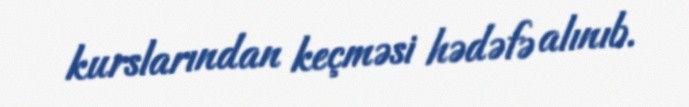
kurslarından keçməsi hədəfə alınıb.